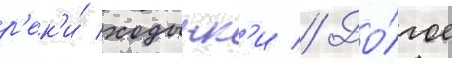
р'ек'и́ ходынк'и // До́лгое